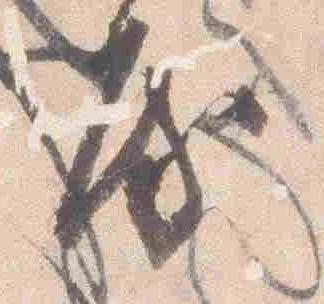
房